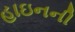
હાઇનની